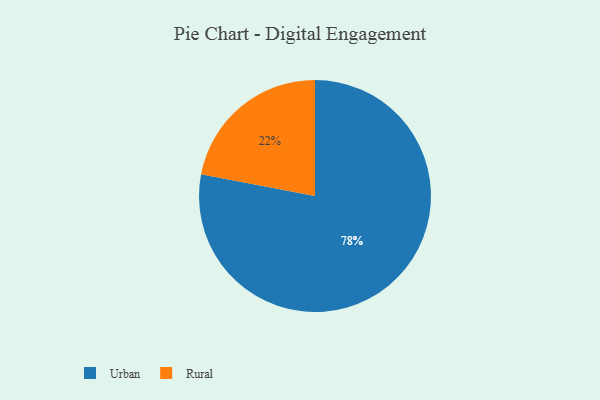
{"axis": {"x": "Category", "y": "Percentage"}, "legend": ["Rural", "Urban"], "data": [{"x": "Urban", "y": 78, "type": "Urban"}, {"x": "Rural", "y": 22, "type": "Rural"}]}